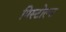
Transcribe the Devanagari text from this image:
पिस्टोल्स